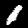
Digit: 1